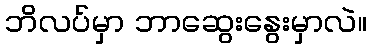
ဘိလပ်မှာ ဘာဆွေးနွေးမှာလဲ။